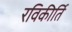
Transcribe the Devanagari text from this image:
रविकीर्ति